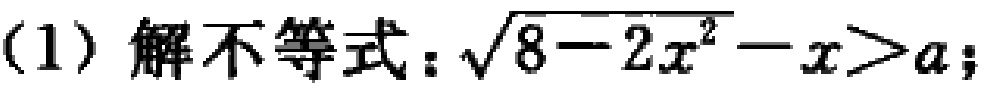
(1) 解不等式：\(\sqrt{8 - 2x^{2}}-x > a\)；